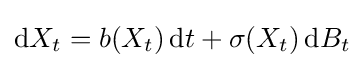
\mathrm {d} X_{t}=b(X_{t})\,\mathrm {d} t+\sigma (X_{t})\,\mathrm {d} B_{t}